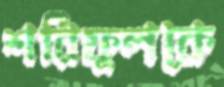
শরিফুলকে